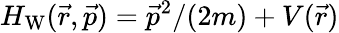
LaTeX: {H_{\mathrm{W}}(\vec{r},\vec{p})=\vec{p}^{2}/(2m)+V(\vec{r})}